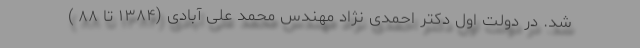
شد. در دولت اول دکتر احمدی نژاد مهندس محمد علی آبادی (۱۳۸۴ تا ۸۸ )